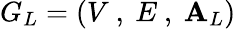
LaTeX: G_{L}=\left(V\mathrm{~,~}E\mathrm{~,~}\mathbf{A}_{L}\right)